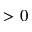
> 0